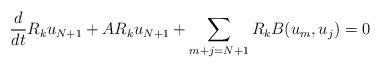
LaTeX: \begin{align*}\frac{d}{dt}R_ku_{N+1}+AR_ku_{N+1}+\sum_{m+j=N+1}R_kB(u_m,u_j)=0\end{align*}